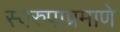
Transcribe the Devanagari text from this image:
स्वरुपाप्रमाणे